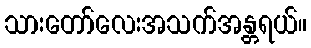
သားတော်လေးအသက်အန္တရယ်။